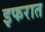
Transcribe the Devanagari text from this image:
इफरात